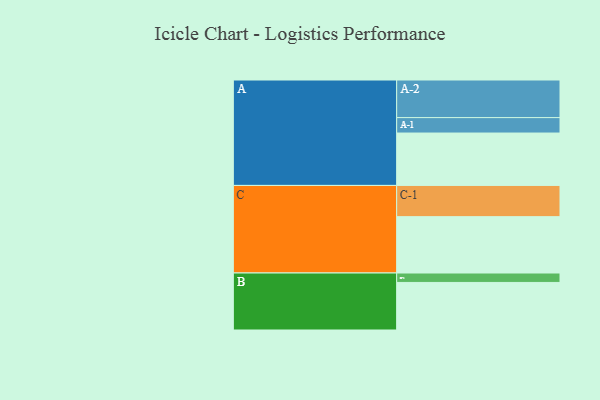
{"axis": {"x": "Segment", "y": "Value"}, "legend": ["", "A", "B", "C"], "data": [{"x": "A", "y": 411, "type": ""}, {"x": "B", "y": 373, "type": ""}, {"x": "C", "y": 442, "type": ""}, {"x": "A-1", "y": 121, "type": "A"}, {"x": "A-2", "y": 295, "type": "A"}, {"x": "B-1", "y": 74, "type": "B"}, {"x": "C-1", "y": 245, "type": "C"}]}